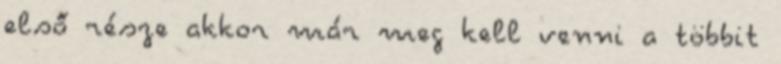
első része akkor már meg kell venni a többit